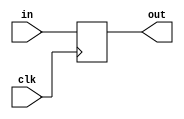
module stall_reg (clk, in, out);

input clk;
input [2:0] in;
output reg [2:0] out;

always @(posedge clk)
begin
out <= in;
end

endmodule